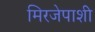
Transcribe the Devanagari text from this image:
मिरजेपाशी